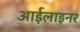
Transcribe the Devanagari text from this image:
आईलाइनर